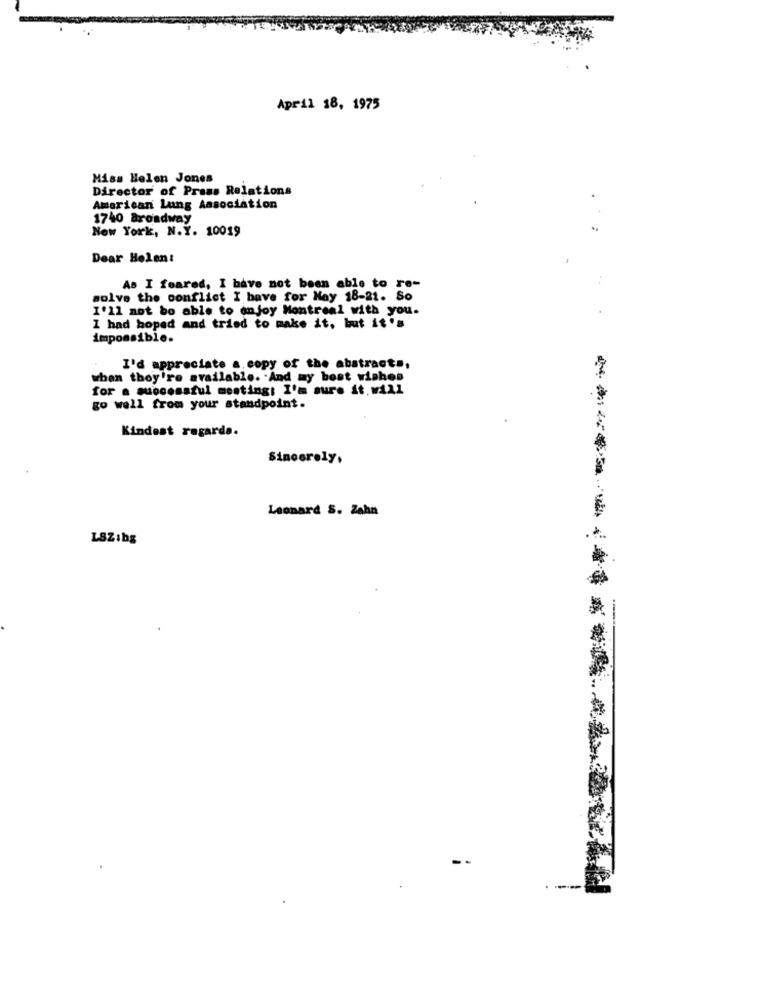
April 18, 1975
Miss Helen Jones
Director of Press Relations
American Lung Association
1740 Broadway
New York, N.Y. 10019
-
Dear Helen:
As I feared, I have not been able to re-
solve the conflict I have for May 18-21. So
I'll not be able to enjoy Montreal with you.
I had hoped and tried to make it, but it's
impossible.
I'd appreciate a copy of the abstract .,
when they're available. . And my best wishes
for a successful meeting: I'm sure it. will
go well from your standpoint.
Kindest regards.
Sincerely,
Leonard S. Zahn
LSZibg